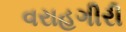
વરાહગીરી